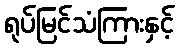
ရုပ်မြင်သံကြားနှင့်